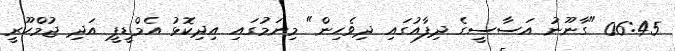
06:45 "ގާނޫނު އަސާސީގެ ދިފާއުގައި ދިވެހިން" މިނަމުގައި އިދިކޮޅު އެމްޑީޕީ އަދި ޖުމްހޫރީ